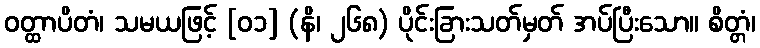
ဝတ္ထာပိတံ၊ သမယဖြင့် [၀၁] (နိ၊ ၂၆၈) ပိုင်းခြားသတ်မှတ် အပ်ပြီးသော။ စိတ္တံ၊